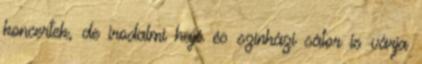
koncertek, de irodalmi hajó és színházi sátor is várja